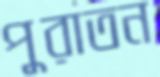
পুরাতন